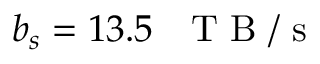
b _ { s } = 1 3 . 5 \mathrm { ~ ~ ~ T ~ B ~ / ~ s ~ }